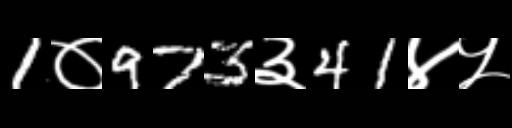
Text: 1०973३41४५